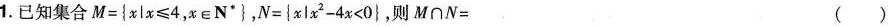
1. 已知集合 $$ M={x▏x \leq 4，x\in N*},$$ ,$$ N= {x▏x^{2}-4x＜0},则M\cap N=$$ ()